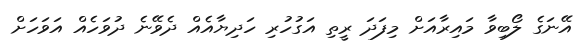
އޭނަގެ ލޯބިވާ މައިރާއަށް މިފަދަ ރީތި އަގުހުރި ހަދިޔާއެއް ދެވޭނެ ދުވަހެއް އަވަހަށް